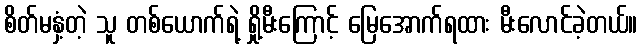
စိတ်မနှံ့တဲ့ သူ တစ်ယောက်ရဲ့ ရှို့မီးကြောင့် မြေအောက်ရထား မီးလောင်ခဲ့တယ်။